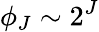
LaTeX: \phi_{J}\sim 2^{J}